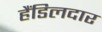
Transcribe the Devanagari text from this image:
हैंडिलदार